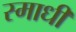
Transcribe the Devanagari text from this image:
स्माधी